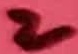
Text: 2